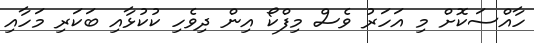
ހާއްސަކޮށް މި އަހަރު ވެސް މިފްކޯ އިން ދިވެހި ކުކުޅާއި ބަކަރި މަހާއި